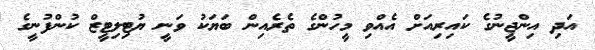
އަދި އިންޖީނުގެ ކައިރިއަށް އެއްވި މީހުންގެ ތެރެއިން ބަޔަކު ވަނީ ޔުޓިލިޓީޒް ކުންފުނީގެ